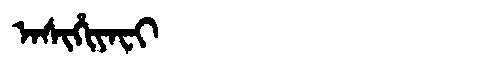
Manchu: ᠠᠰᡳᡥᡳᠶᠠᠸᡳ
Romanization: ASIHIYAFI